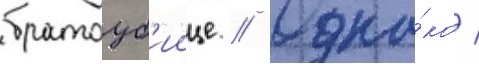
братоуб'иице // Одна́ко /